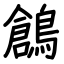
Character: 鶬